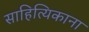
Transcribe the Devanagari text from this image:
साहित्यिकाना